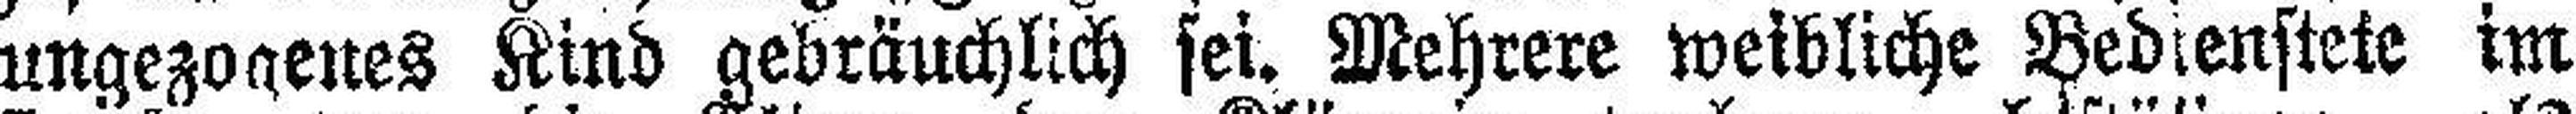
ungezogenes Kind gebräuchlich sei. Mehrere weibliche Bedienstete im